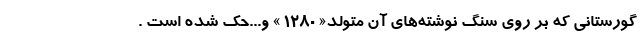
گورستانی که بر روی سنگ نوشته‌های آن متولد« 1280 » و...حک شده است .